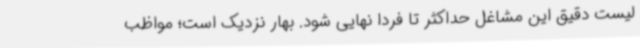
لیست دقیق این مشاغل حداکثر تا فردا نهایی شود. بهار نزدیک است؛ مواظب